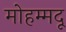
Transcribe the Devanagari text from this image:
मोहम्मदू